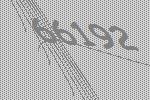
66192